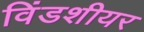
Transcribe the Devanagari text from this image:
विंडशीयर